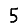
Digit: 5